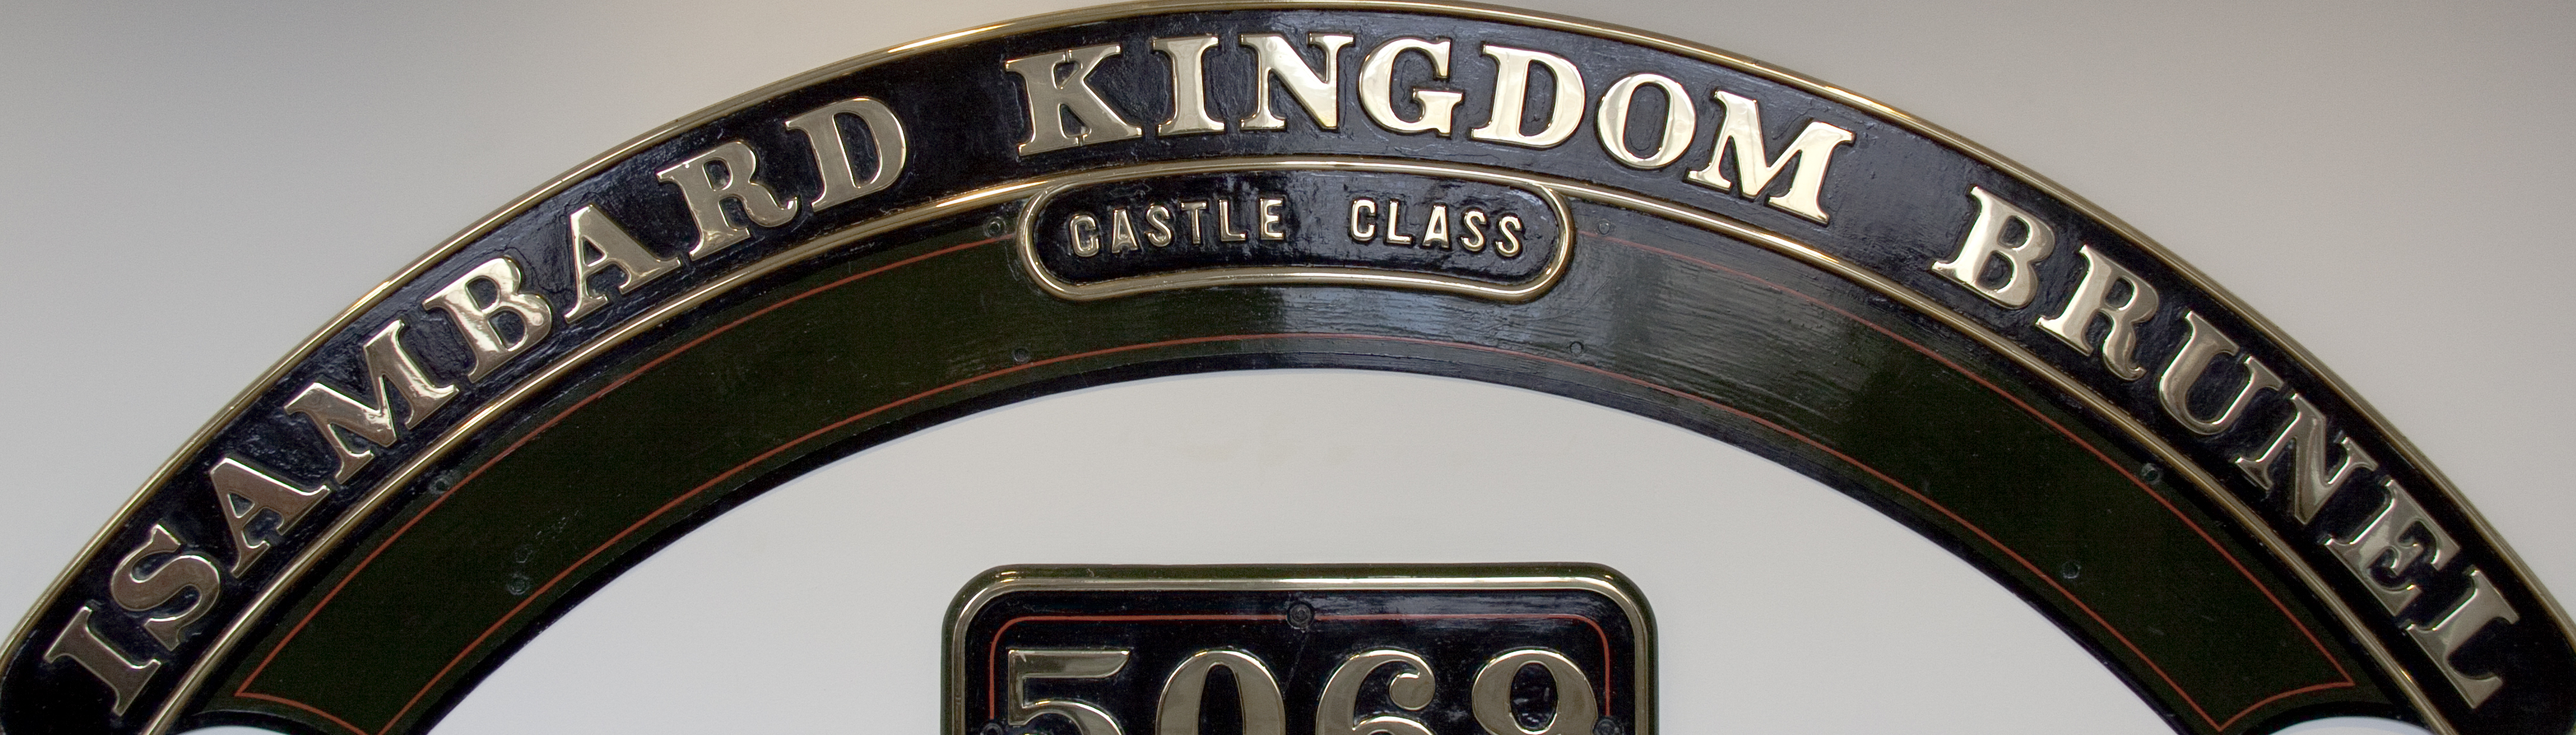
ISAMBARD KINGDOM BRUNEL